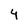
Character: 4